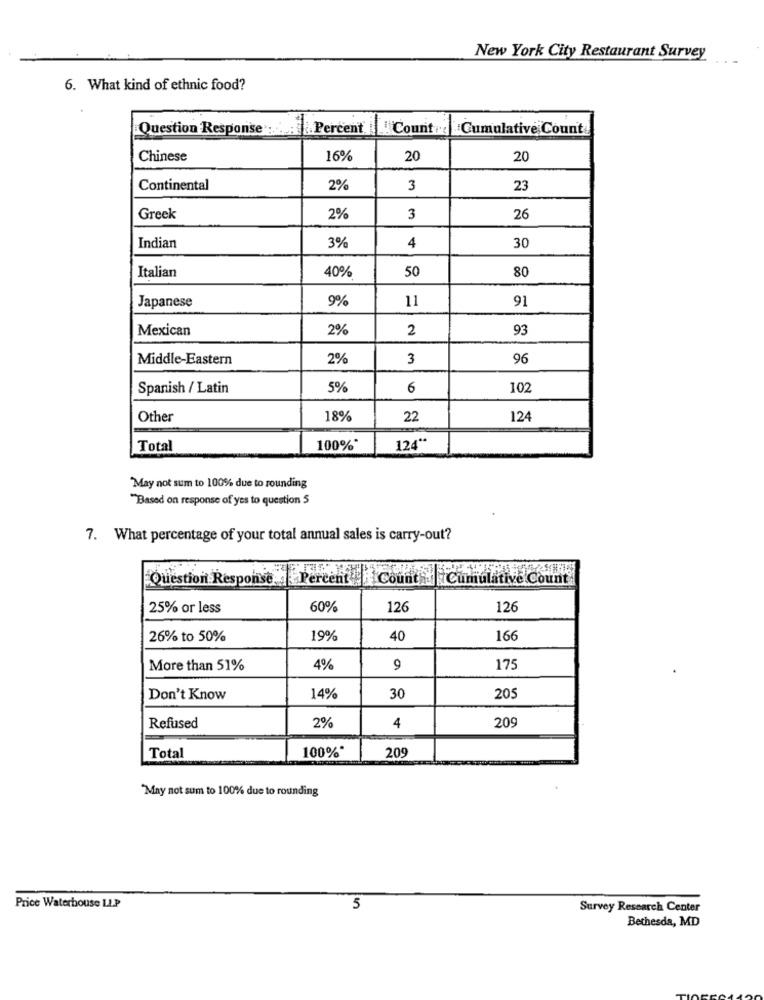
New York City Restaurant Survey
6. What kind of ethnic food?
Question Response':
.Percent
"Count:"
Cumulative Count
Chinese
16%
20
20
Continental
2%
3
23
Greek
2%
3
26
Indian
3%
30
4
Italian
40%
50
80
Japanese
9%
11
91
Mexican
2%
2
93
Middle-Eastern
2%
3
96
Spanish / Latin
5%
6
102
Other
18%
22
124
Total
100%
124"
May not sum to 100% due to rounding
"Based on response of yes to question 5
7. What percentage of your total annual sales is carry-out?
Question Response
Percent
Counta Cumulative Count
25% or less
60%
126
126
26% to 50%
19%
40
166
More than 51%
4%
9
175
Don't Know
14%
30
20
2%
4
Refused
209
Total
100%*
209
May not sum to 100% due to rounding
Price Waterhouse LLP
5
Survey Research Center
Bethesda, MD